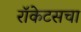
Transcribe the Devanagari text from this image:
रॉकेटसचा